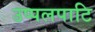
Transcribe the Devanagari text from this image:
उप्पलपाटि